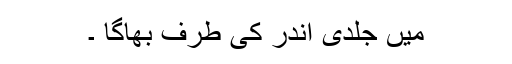
میں جلدی اندر کی طرف بھاگا ۔